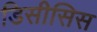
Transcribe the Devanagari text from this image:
डिसीसिस